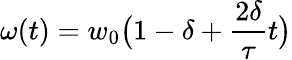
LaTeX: \omega(t)=w_{0}\big(1-\delta+\frac{2\delta}{\tau}t\big)